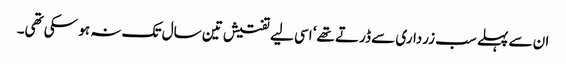
ان سے پہلے سب زرداری سے ڈرتے تھے‘ اسی لیے تفتیش تین سال تک نہ ہو سکی تھی۔